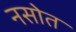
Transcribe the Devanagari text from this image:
नसोत